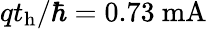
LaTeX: qt_{\mathrm{h}}/\hbar=0.73~\mathrm{mA}